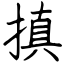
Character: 搷